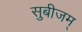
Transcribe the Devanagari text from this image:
सुबीजम्